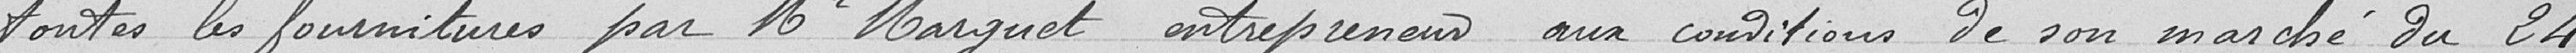
Toutes les fournitures par Monsieur Marguet entrepreneur aux conditions de son marché du 24